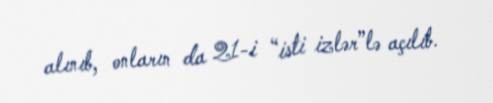
alınıb, onların da 21-i “isti izlər”lə açılıb.